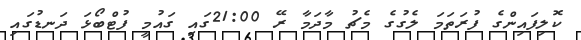
ކޮލިފައިންގެ ފުރަތަމަ ލެގުގެ މެޗު މާދަމާ ރޭ 21:00ގައި ގައުމީ ފުޓްބޯޅަ ދަނޑުގައި